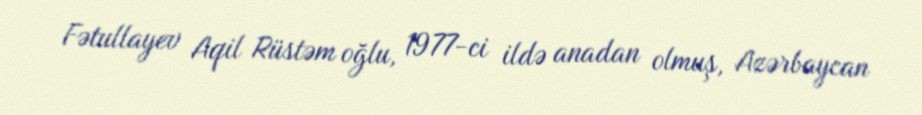
Fətullayev Aqil Rüstəm oğlu, 1977-ci ildə anadan olmuş, Azərbaycan